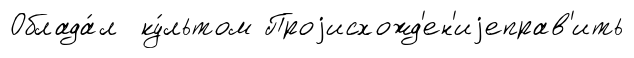
Облада́л ку́льтом Проjисхожд'ен'иjеправ'ить